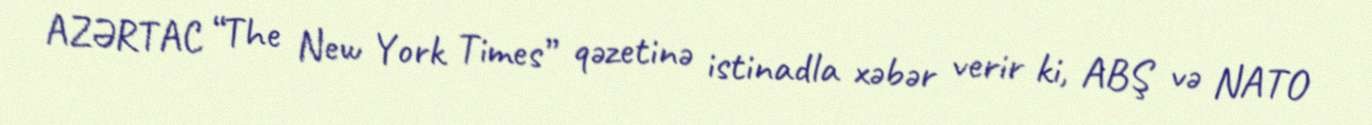
AZƏRTAC “The New York Times” qəzetinə istinadla xəbər verir ki, ABŞ və NATO